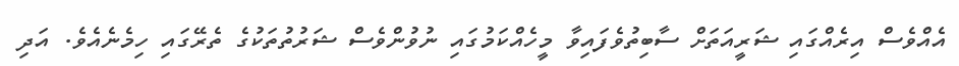
އެއްވެސް އިރެއްގައި ޝަރީއަތަށް ސާބިތުވެފައިވާ މީހެއްކަމުގައި ނުވުންވެސް ޝަރުތުތަކުގެ ތެރޭގައި ހިމެނެއެވެ. އަދި